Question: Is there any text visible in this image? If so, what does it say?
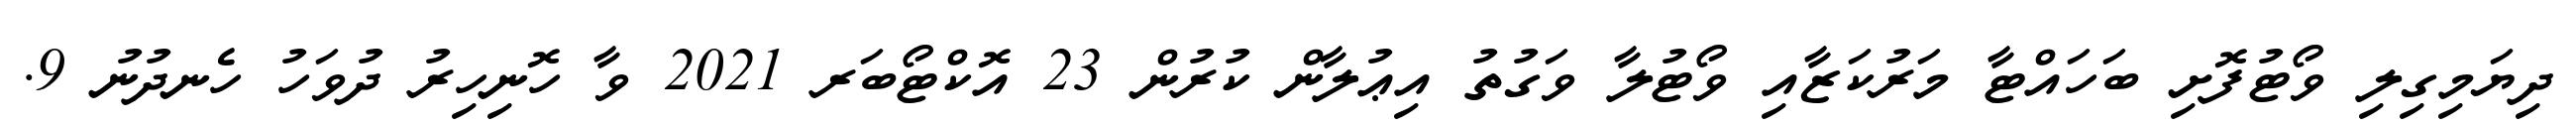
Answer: ދިޔަމިގިލި ވޯޓުފޮށި ބަހައްޓާ މަރުކަޒާއި ވޯޓުލާ ވަގުތު އިޢުލާން ކުރުން 23 އޮކްޓޯބަރ 2021 ވާ ހޮނިހިރު ދުވަހު ހެނދުނު 9.